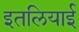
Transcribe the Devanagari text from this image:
इतलियाई